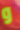
و